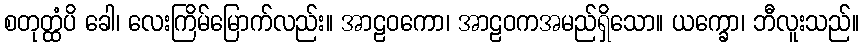
စတုတ္ထံပိ ခေါ၊ လေးကြိမ်မြောက်လည်း။ အာဠဝကော၊ အာဠဝကအမည်ရှိသော။ ယက္ခော၊ ဘီလူးသည်။